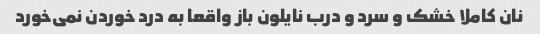
نان کاملا خشک و سرد و درب نایلون باز واقعا به درد خوردن نمی‌خورد